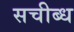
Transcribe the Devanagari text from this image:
सचीब्ध